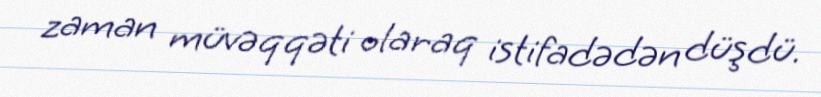
zaman müvəqqəti olaraq istifadədən düşdü.